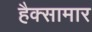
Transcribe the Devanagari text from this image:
हैक्सामार